Leaving Certificate Examination (including Day School Certificate (Higher) General paper), 1933
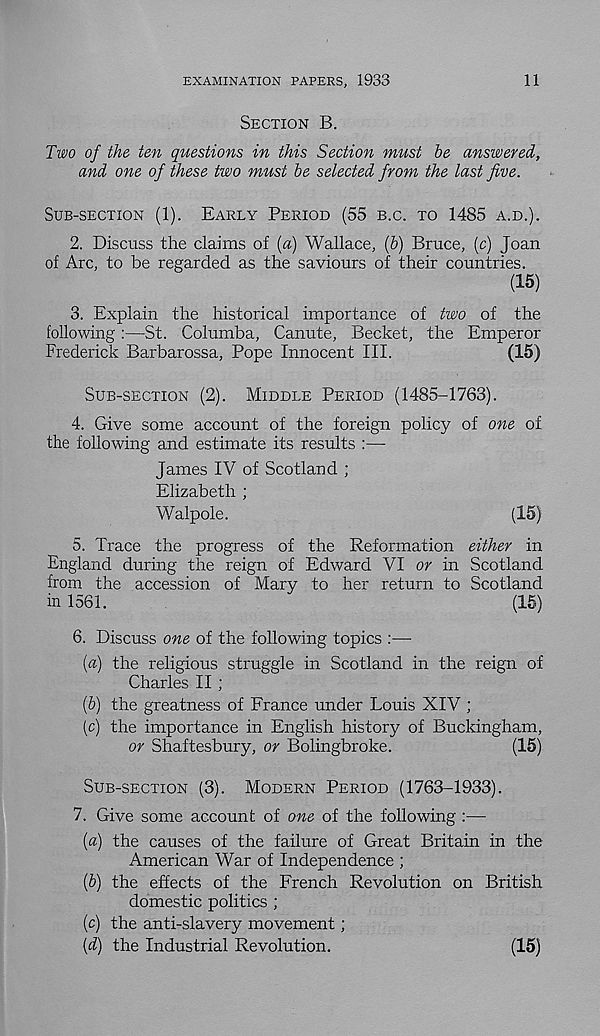
EXAMINATION PAPERS, 1933
11
SECTION B.
Two of the ten questions in this Section must be answered,
and one of these two must be selected from the last jive.
SUB-SECTION (1). EARLY PERIOD (55 B.C. TO 1485 A.D.).
2. Discuss the claims of (a) Wallace, (6) Bruce, (c) Joan
of Arc, to be regarded as the saviours of their countries.
(15)
3. Explain the historical importance of two of the
following:—St. Columba, Canute, Becket, the Emperor
Frederick Barbarossa, Pope Innocent III.
(15)
SUB-SECTION (2). MIDDLE PERIOD (1485-1763).
4. Give some account of the foreign policy of one of
the following and estimate its results :—
James IV of Scotland ;
Elizabeth ;
Walpole.
(15)
5. Trace the progress of the Reformation either in
England during the reign of Edward VI or in Scotland
from the accession of Mary to her return to Scotland
in 1561.
(15)
6. Discuss one of the following topics :—
(a) the religious struggle in Scotland in the reign of
Charles II ;
(b) the greatness of France under Louis XIV ;
(c) the importance in English history of Buckingham,
or Shaftesbury, or Bolingbroke.
(15)
SUB-SECTION (3). MODERN PERIOD (1763-1933).
7. Give some account of one of the following :—
{a) the causes of the failure of Great Britain in the
American War of Independence ;
(6) the effects of the French Revolution on British
domestic politics ;
(c) the anti-slavery movement;
(d) the Industrial Revolution.
(15)